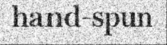
hand-spun